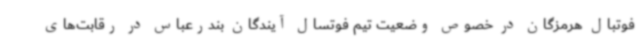
فوتبال هرمزگان در خصوص وضعیت تیم فوتسال آیندگان بندرعباس در رقابت‌های